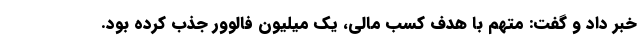
خبر داد و گفت: متهم با هدف کسب مالی، یک میلیون فالوور جذب کرده بود.